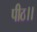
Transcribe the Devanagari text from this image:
पीठ।।